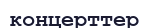
концерттер